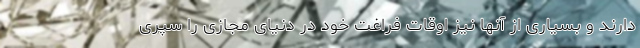
دارند و بسیاری از آنها نیز اوقات فراغت خود در دنیای مجازی را سپری